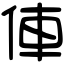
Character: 俥